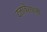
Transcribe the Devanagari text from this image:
दत्तात्रेरयांनी